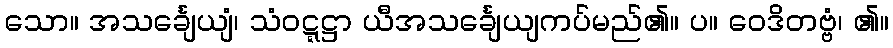
သော။ အသင်္ချေယျံ၊ သံဝဋ္ဋဋ္ဌာ ယီအသင်္ချေယျကပ်မည်၏။ ပ။ ဝေဒိတဗ္ဗံ၊ ၏။